Report of the Imperial Institute of Veterinary Research, Muktesar
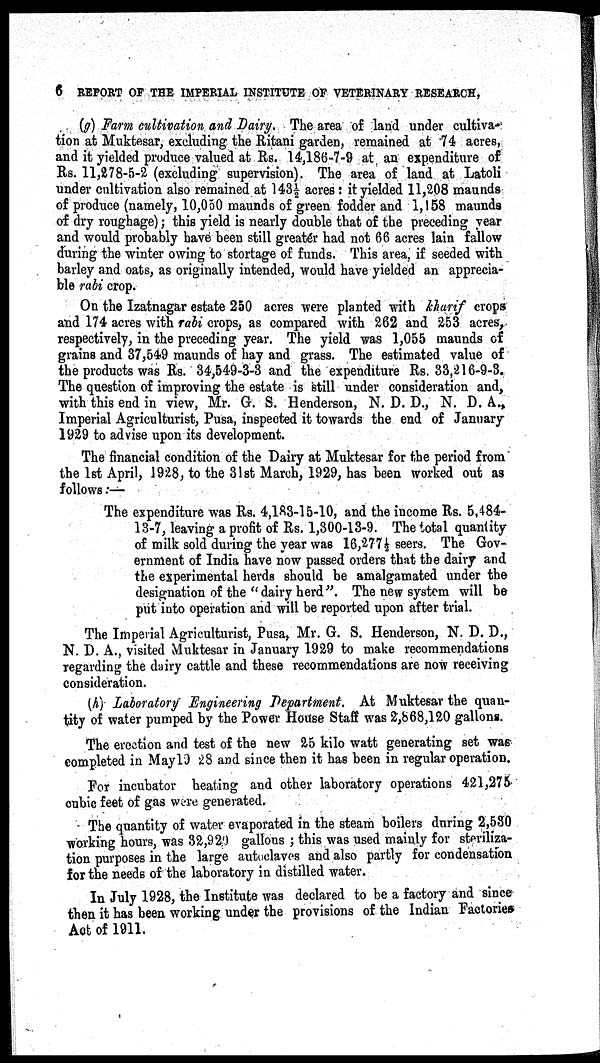
6 REPORT OF THE IMPERIAL INSTITUTE OF VETERINARY RESEARCH,
(g) Farm cultivation and Dairy. The area of land under cultiva-
tion at Muktesar, excluding the Ritani garden, remained at 74 acres,
and it yielded produce valued at Rs. 14,186-7-9 at an expenditure of
Rs. 11,278-5-2 (excluding supervision). The area of land at Latoli
under cultivation also remained at 143½ acres : it yielded 11,208 maunds
of produce (namely, 10,050 maunds of green fodder and 1,158 maunds
of dry roughage); this yield is nearly double that of the preceding year
and would probably have been still greater had not 66 acres lain fallow
during the winter owing to stortage of funds. This area, if seeded with
barley and oats, as originally intended, would have yielded an apprecia-
ble rabi crop.
On the Izatnagar estate 250 acres were planted with kharif crops
and 174 acres with rabi crops, as compared with 262 and 253 acres,
respectively, in the preceding year. The yield was 1,055 maunds of
grains and 37,549 maunds of hay and grass. The estimated value of
the products was Rs. 34,549-3-3 and the expenditure Rs. 33,216-9-3.
The question of improving the estate is still under consideration and,
with this end in view, Mr. G. S. Henderson, N. D. D., N. D. A.,
Imperial Agriculturist, Pusa, inspected it towards the end of January
1929 to advise upon its development.
The financial condition of the Dairy at Muktesar for the period from
the 1st April, 1928, to the 31st March, 1929, has been worked out as
follows :-
The expenditure was Rs. 4,183-15-10, and the income Rs. 5,484-
13-7, leaving a profit of Rs. 1,300-13-9. The total quantity
of milk sold during the year was 16,277½ seers. The Gov-
ernment of India have now passed orders that the dairy and
the experimental herds should be amalgamated under the
designation of the "dairy herd". The new system will be
put into operation and will be reported upon after trial.
The Imperial Agriculturist, Pusa, Mr. G. S. Henderson, N. D. D.,
N. D. A., visited Muktesar in January 1929 to make recommendations
regarding the dairy cattle and these recommendations are now receiving
consideration.
(h) Laboratory Engineering Department. At Muktesar the quan-
tity of water pumped by the Power House Staff was 2,868,120 gallons.
The erection and test of the new 25 kilo watt generating set was
completed in May 1928 and since then it has been in regular operation.
For incubator beating and other laboratory operations 421,275
cubic feet of gas were generated.
The quantity of water evaporated in the steam boilers during 2,530
working hours, was 32,920 gallons ; this was used mainly for steriliza-
tion purposes in the large autoclaves and also partly for condensation
for the needs of the laboratory in distilled water.
In July 1928, the Institute was declared to be a factory and since
then it has been working under the provisions of the Indian Factories
Act of 1911.